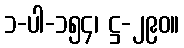
၁-ပါ-၁၅၄၊ ဋ္ဌ-၂၉၀။